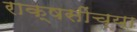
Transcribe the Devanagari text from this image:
राक्षसींच्या